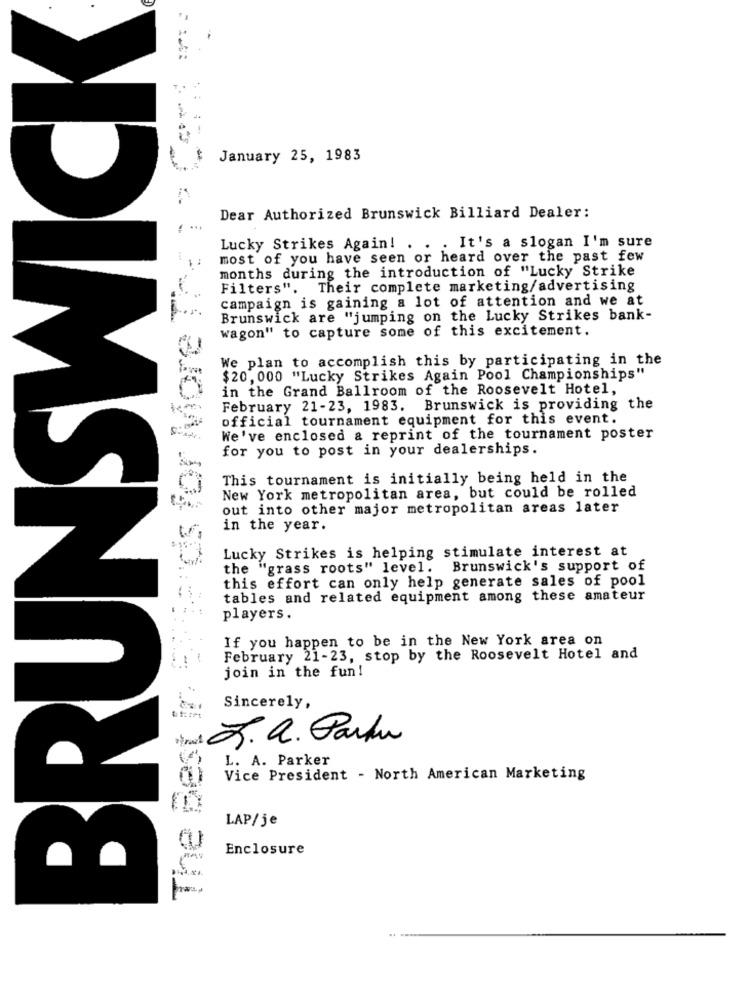
BRUNSWICK
January 25, 1983
Dear Authorized Brunswick Billiard Dealer:
....
Lucky Strikes Again! . . . It's a slogan I'm sure
The Best in Sie ds for More Th
most of you have seen or heard over the past few
months during the introduction of "Lucky Strike
Filters". Their complete marketing/advertising
campaign is gaining a lot of attention and we at
Brunswick are "jumping on the Lucky Strikes bank-
wagon" to capture some of this excitement.
We plan to accomplish this by participating in the
$20, 000 "Lucky Strikes Again Pool Championships"
in the Grand Ballroom of the Roosevelt Hotel,
February 21-23, 1983. Brunswick is providing the
official tournament equipment for this event.
We've enclosed a reprint of the tournament poster
for you to post in your dealerships.
This tournament is initially being held in the
New York metropolitan area, but could be rolled
out into other major metropolitan areas later
in the year.
Lucky Strikes is helping stimulate interest at
the "grass roots" level. Brunswick's support of
this effort can only help generate sales of pool
tables and related equipment among these amateur
players.
If you happen to be in the New York area on
February 21-23, stop by the Roosevelt Hotel and
join in the fun!
Sincerely,
L. a. Parku
L. A. Parker
Vice President - North American Marketing
LAP/je
Enclosure